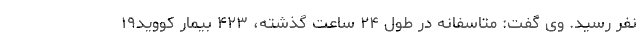
نفر رسید. وی گفت: متاسفانه در طول ۲۴ ساعت گذشته، ۴۲۳ بیمار کووید۱۹